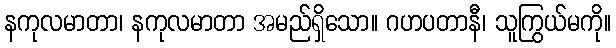
နကုလမာတာ၊ နကုလမာတာ အမည်ရှိသော။ ဂဟပတာနီ၊ သူကြွယ်မကို။